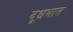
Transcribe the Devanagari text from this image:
दूधभात